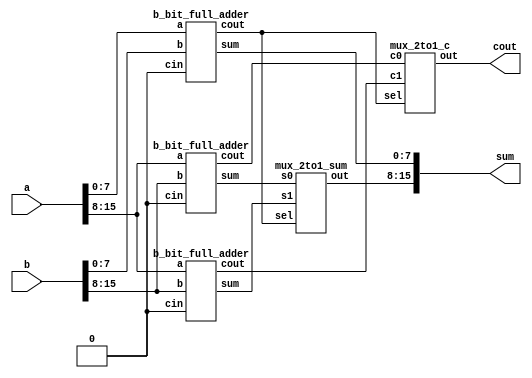
module mjolnir(a,b,sum,cout);
    parameter k=16;
    input [k-1:0]a,b;
    output [k-1:0]sum;
    output cout;
    wire c,c0,c1;
    wire [(k/2)-1:0] s1,s0;
    b_bit_full_adder u1(a[(k/2)-1:0],b[(k/2)-1:0],1'b0,sum[(k/2)-1:0],c);
    b_bit_full_adder u2(a[k-1:(k/2)],b[k-1:(k/2)],1'b0,s0,c0);
    b_bit_full_adder u3(a[k-1:(k/2)],b[k-1:(k/2)],1'b0,s1,c1);
    mux_2to1_sum u4(s0,s1,c,sum[k-1:(k/2)]);
    mux_2to1_c u5(c0,c1,c,cout);
endmodule

module b_bit_full_adder(a,b,cin,sum,cout);
    parameter B=8;
    input [B-1:0] a,b;
    input cin;
    output [B-1:0] sum;
    output cout;
    wire carry[B-1:0];
    genvar i;
    generate
        for(i=0;i<B;i=i+1)begin
            if (i==0) begin
                full_adder uut(a[0],b[0],cin,sum[0],carry[0]);
            end
            else begin 
                full_adder uut(a[i],b[i],carry[i-1],sum[i],carry[i]);
            end
        end
    endgenerate
    assign cout=carry[B-1];
endmodule

module mux_2to1_sum(s0,s1,sel,out);
    parameter b=8;
    input [b-1:0] s0,s1;
    input sel;
    output reg [b-1:0] out;
    always@ (s0,s1,sel)begin
        case(sel)
        1'b0: out<=s0;
        default: out<=s1;
        endcase
    end
endmodule

module mux_2to1_c(c0,c1,sel,out);
    input c0,c1;
    input sel;
    output reg out;
    always@ (c0,c1,sel)begin
        case(sel)
        1'b0: out<=c0;
        default: out<=c1;
        endcase
    end
endmodule

module full_adder(a,b,cin,sum,cout);
    input a,b,cin;
    output sum,cout;
    assign sum=a^b^cin;
    assign cout=(a&b)|((a^b)&cin);
endmodule